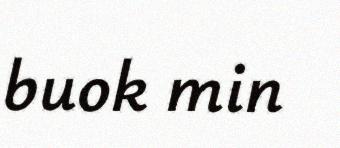
buok min